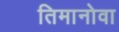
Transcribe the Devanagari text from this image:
तिमानोवा